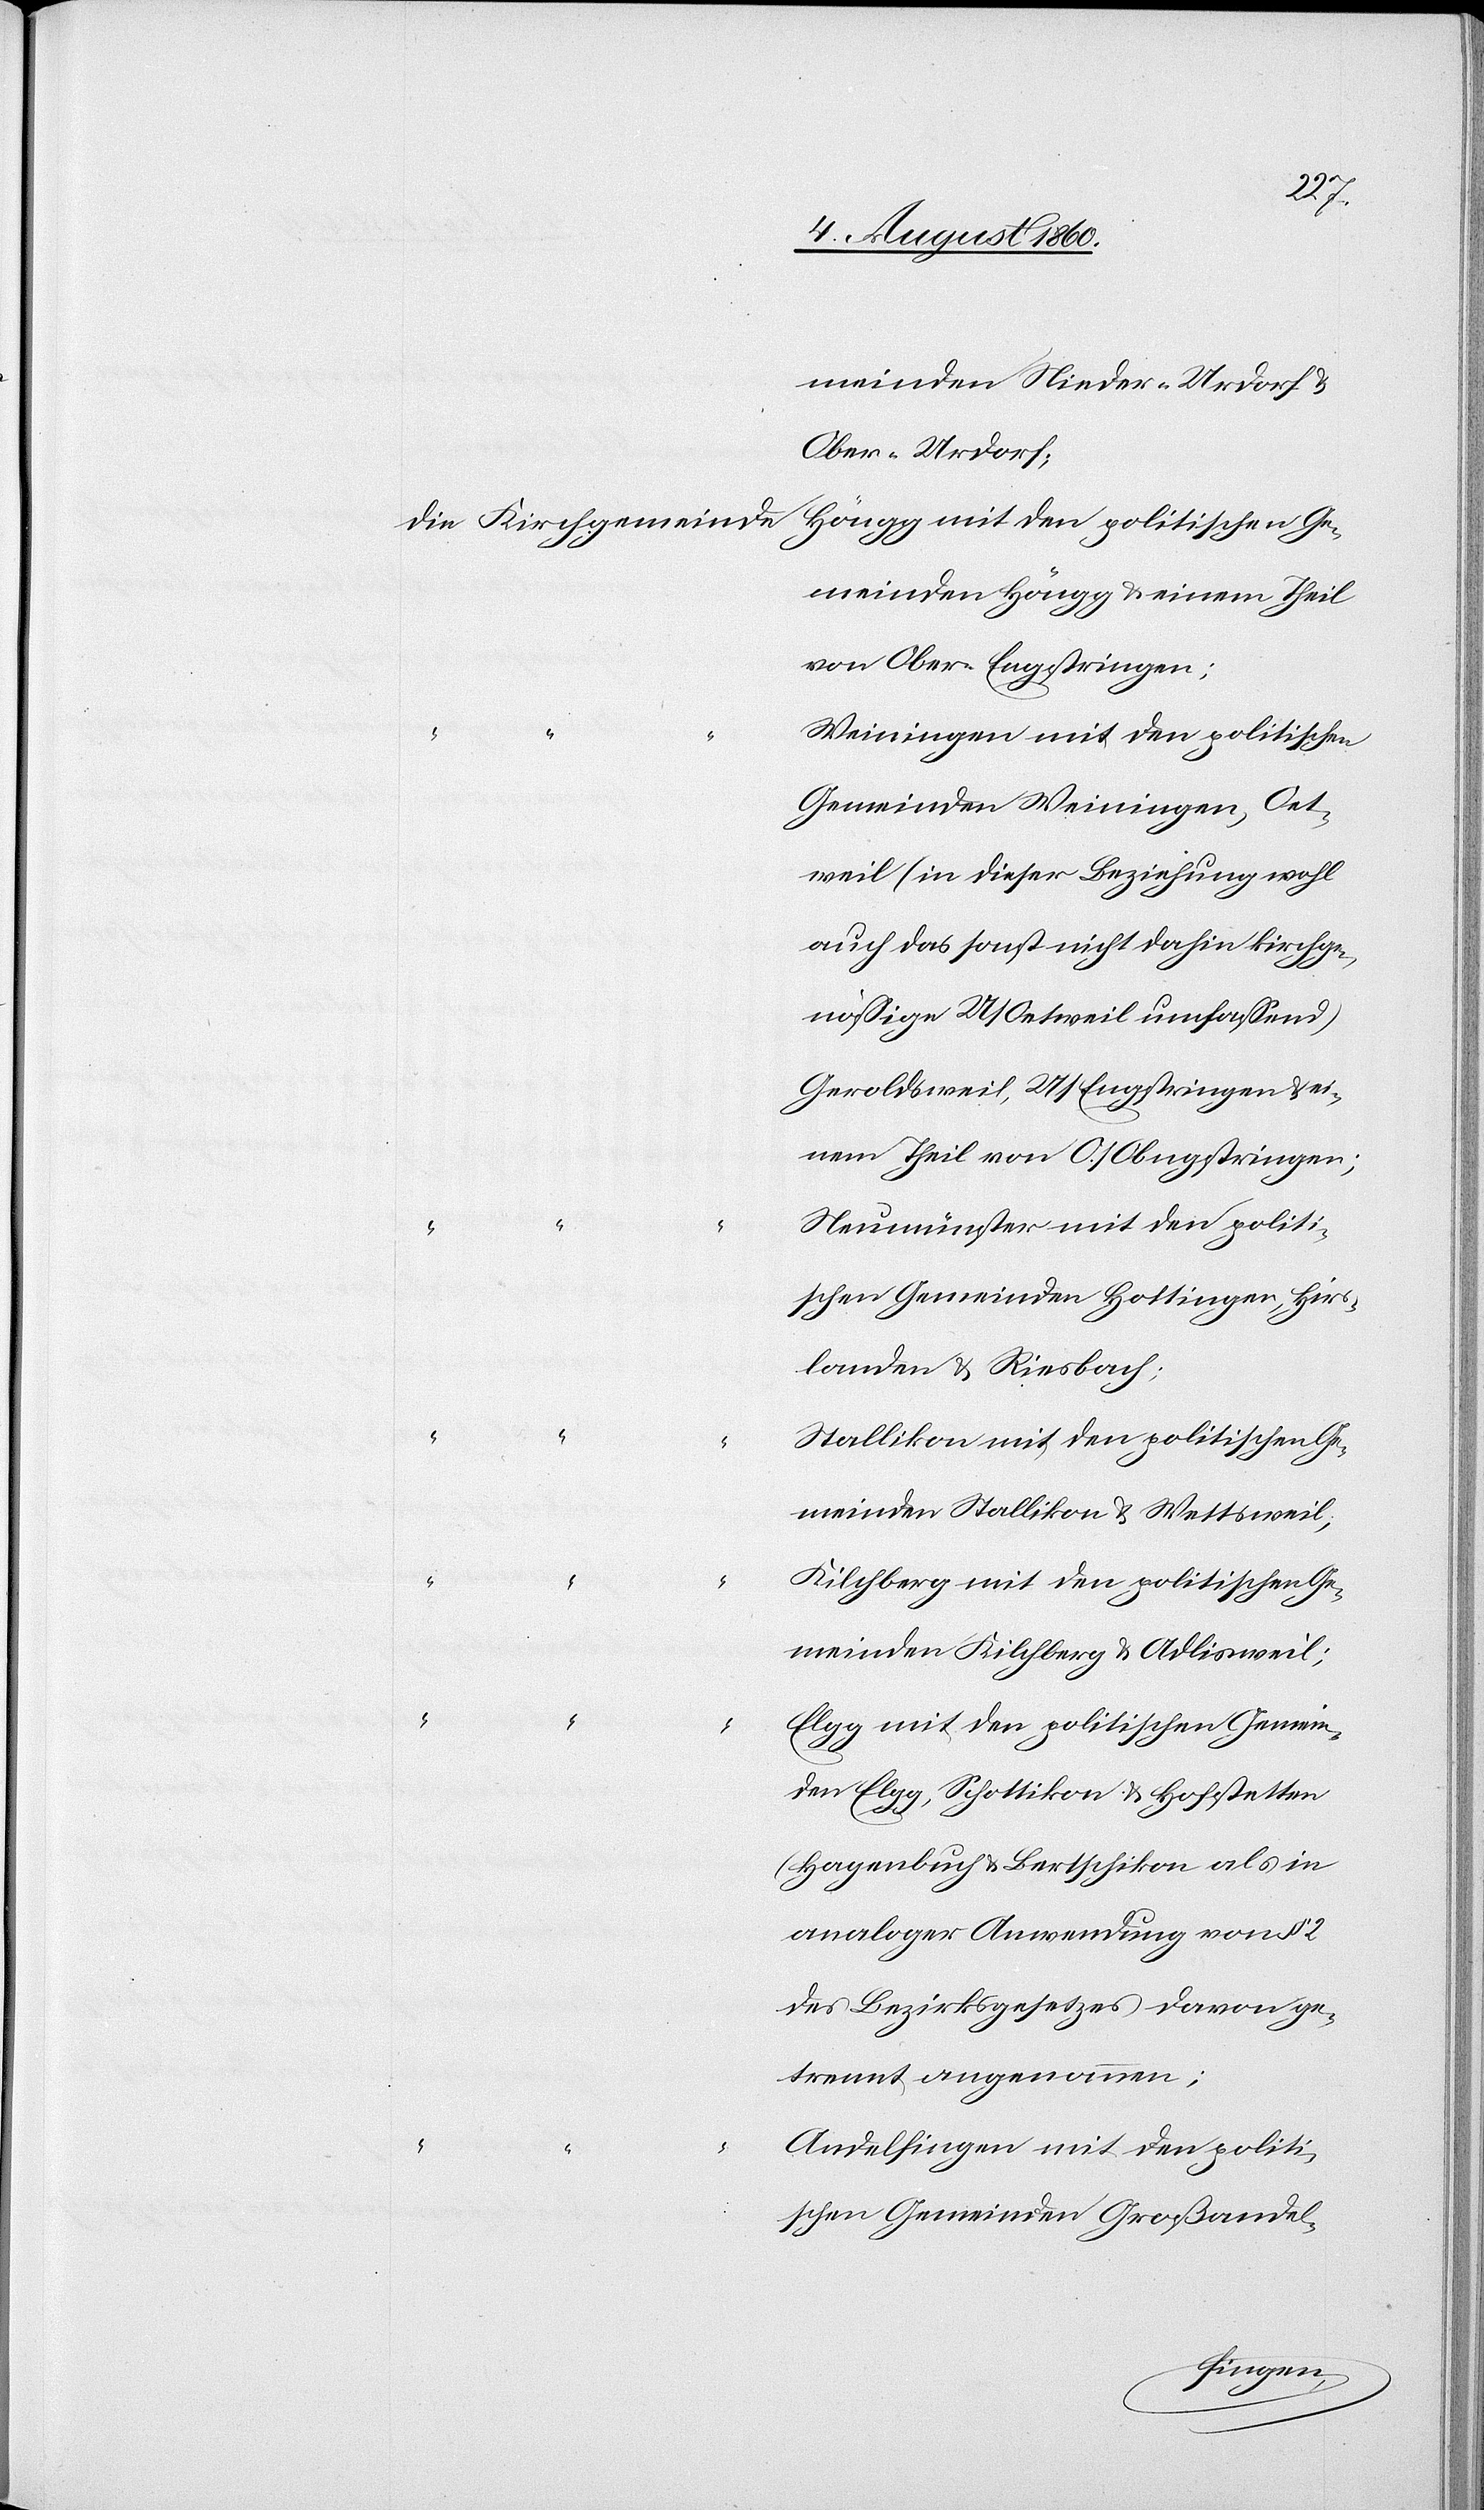
meinden Nieder-Urdorf u.
Ober-Urdorf;
Höngg mit den politischen Ge¬
meinden Höngg u. einem Theil
von Ober-Engstringen;
Weiningen mit den politischen
Gemeinden Weiningen, Oet¬
weil (in dieser Beziehung wo[h]l
auch das sonst nicht dahin kirchge¬
nössige U/Oetweil umfassend)
Geroldsweil, U/Engstringen u. ei¬
nem Theil von O/Engstringen,
Neumünster mit den politi¬
schen Gemeinden Hottingen, Hirs¬
landen u. Riesbach,
Stallikon mit den politischen Ge¬
meinden Stallikon u. Wettsweil;
Kilchberg mit den politischen Ge¬
meinden Kilchberg u. Adlisweil;
Elgg mit den politischen Gemein¬
en Elgg, Schottikon u. Hofstetten
(Hagenbuch u. Bertschikon als in
analoger Anwendung von §. 2
des Bezirksgesetzes davon ge¬
trennt angenommen);
Andelfingen mit den politi¬
schen Gemeinden Grossandel-